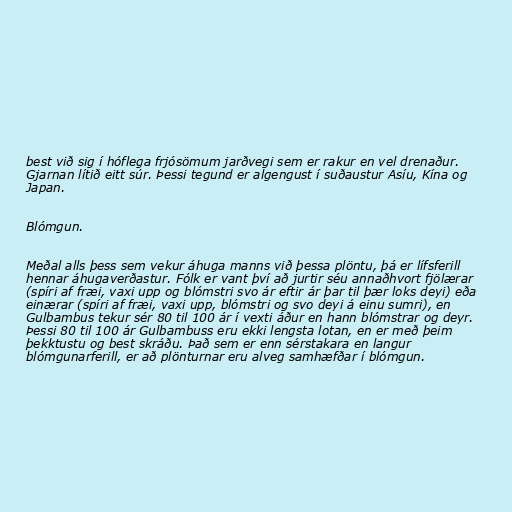
best við sig í hóflega frjósömum jarðvegi sem er rakur en vel drenaður.
Gjarnan lítið eitt súr. Þessi tegund er algengust í suðaustur Asíu, Kína og
Japan.

Blómgun.

Meðal alls þess sem vekur áhuga manns við þessa plöntu, þá er lífsferill
hennar áhugaverðastur. Fólk er vant því að jurtir séu annaðhvort fjölærar
(spíri af fræi, vaxi upp og blómstri svo ár eftir ár þar til þær loks deyi) eða
einærar (spíri af fræi, vaxi upp, blómstri og svo deyi á einu sumri), en
Gulbambus tekur sér 80 til 100 ár í vexti áður en hann blómstrar og deyr.
Þessi 80 til 100 ár Gulbambuss eru ekki lengsta lotan, en er með þeim
þekktustu og best skráðu. Það sem er enn sérstakara en langur
blómgunarferill, er að plönturnar eru alveg samhæfðar í blómgun.